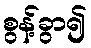
စွန့်ခွာ၍